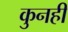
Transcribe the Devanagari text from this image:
कुनही